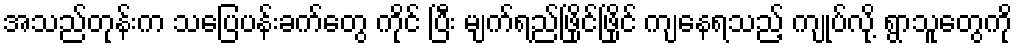
အသည်တုန်းက သပြေပန်းခက်တွေ ကိုင် ပြီး မျက်ရည်ဖြိုင်ဖြိုင် ကျနေရသည့် ကျုပ်လို့ ရွာသူတွေကို